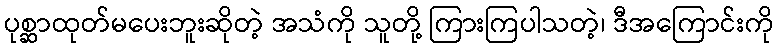
ပုစ္ဆာထုတ်မပေးဘူးဆိုတဲ့ အသံကို သူတို့ ကြားကြပါသတဲ့၊ ဒီအကြောင်းကို